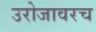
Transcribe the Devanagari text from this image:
उरोजावरच